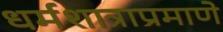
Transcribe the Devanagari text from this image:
धर्मशात्राप्रमाणे